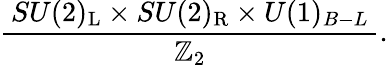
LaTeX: {\frac{\, SU(2)_{\mathrm{{L}}}\times SU(2)_{\mathrm{{R}}}\times U(1)_{B-L}\, }{\mathbb{Z}_{2}}}.